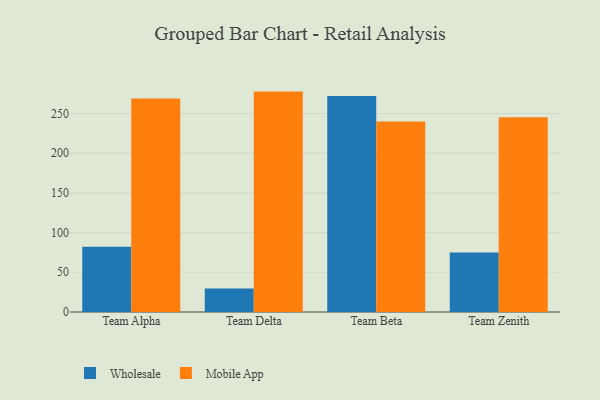
{"axis": {"x": "Team", "y": "Website Visitors"}, "legend": ["Mobile App", "Wholesale"], "data": [{"x": "Team Alpha", "y": 82.1, "type": "Wholesale"}, {"x": "Team Alpha", "y": 268.9, "type": "Mobile App"}, {"x": "Team Delta", "y": 29.7, "type": "Wholesale"}, {"x": "Team Delta", "y": 277.5, "type": "Mobile App"}, {"x": "Team Beta", "y": 272.0, "type": "Wholesale"}, {"x": "Team Beta", "y": 240.0, "type": "Mobile App"}, {"x": "Team Zenith", "y": 75.0, "type": "Wholesale"}, {"x": "Team Zenith", "y": 245.1, "type": "Mobile App"}]}